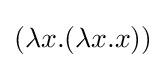
(\lambda x.(\lambda x.x))